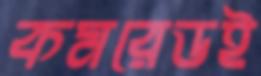
কমরেডই